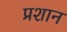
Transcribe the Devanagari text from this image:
प्रशान